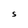
Character: S